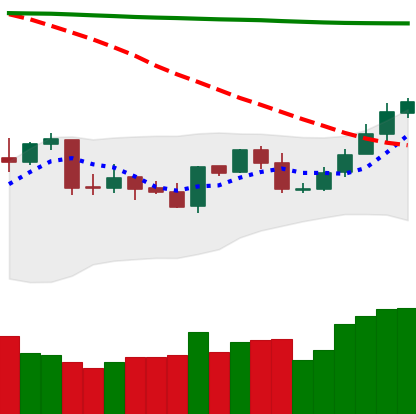
Ticker: NEO-USD
Chart end date: 2020-04-26
Forward return: 5.11%
Label: up_5_7